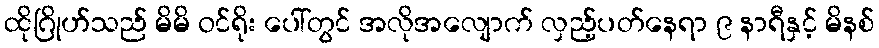
ထိုဂြိုဟ်သည် မိမိ ဝင်ရိုး ပေါ်တွင် အလိုအလျောက် လှည့်ပတ်နေရာ ၉ နာရီနှင့် မိနစ်